Statistical return of the lunatic asylum in Assam - 1912-1932
Year: 1912
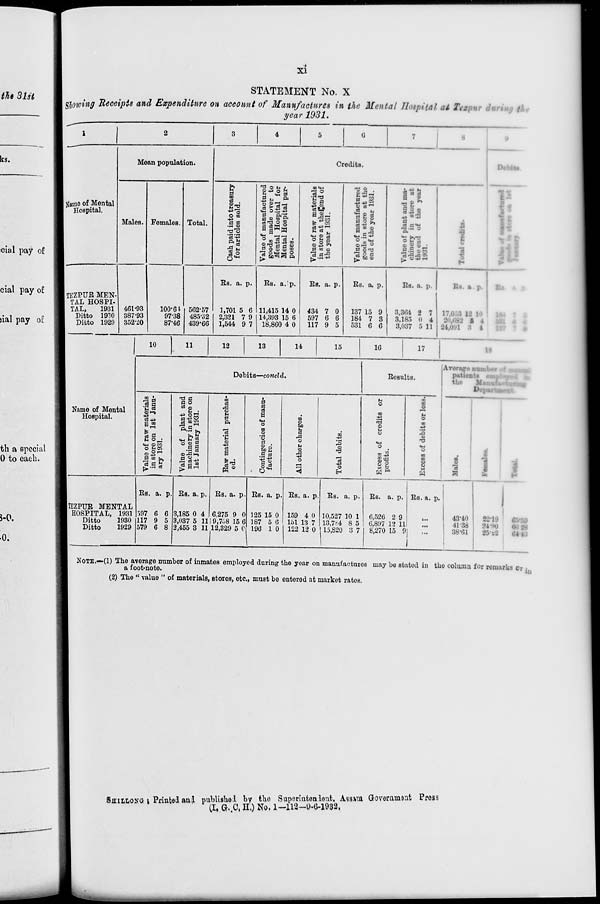
■*
STATEMENT No. X
Showing Receipts and Expenditure on account of Manufactures in the Mental Hospital at Tezpur ih
year 1931.
4
jfftm© of Mental
Hospital.
Mean population.
Males. Females. Total.
Credits.
d
m
a
O 'it
§ o
TEZPUE MEN'
TAL HOSPI-
TAL,
1931
Ditto 1930
Ditto 1929
461-93
387-93
352-20
100-61
97-38
87-46
562-57
485-32
439-66
Bs. a. p.
1,701
2,321
1,544
•t? o a t.
S-u o
" S?"3^
rt <D CO *■*
O _ oj d •
co «H
SO
a© .
n ■ t,
5 5 I
0 CO 05
3 5 5
fl to ©
«w.5 *■
O
m
Sfl °
£ be 8
I 1
So©
« "5
a
— .2*0
o u a
{5 «*"-<
I
!
IV'.u
I!
II
Bs. a.'p.
11,415 14 0
14,898 15 6
18,860 4 0
Es. a. p.
434 7 0
597 6 6
117 9 5
Es. a. p.
137 15 9
184 7 3
531 6 6
Bs. a. p.
8,864 2 7
3,185 0 4
3,037 5 11
Bs. ». p.
17,0
I
I
I
10
11
12
13
14
15
1G
17
1?
Name of Mental
Hospital.
th a special
0 to each.
Debits—cottcld.
Eesults.
Average number of MM
pat:
the
M • ah ■ - .«
•a s
OJt-3
EOT
■Mora
„ OH
OS >,
3 c s
C3 ©
42
ft.2
°ii
■SS-S
I
Pt
u
i
0
c
9
m
«M
CD
O
bo
to
0
i
a
U
0 /.;
14
.s |
•+3
"£ u
O
5 o 3
^
<D
3
o
c
CD
H
if
H
■
CO
0
(-1
0
ID
-fc»
^3
CD
'd
•H
O
CO
CO
CO
CD
CD
S
H
■
W
|
^
I
J-0.
•0.
IIEZPUE MENTAL
HOSPITAL, 1931
Ditto
1930
Ditto
1929
Es. a. p.
597 6 6
117 9 5
579 6 8
Bs. a. p. Bs. a. p.
3,185 0 4 6275 9 0
3,037 5 111 9,7.J8 15 6
2,455 3 11 12,329 5 C
Es. a. p.
125 15 0
187 5 6
196 1 0
Bs. a. p.
159 4 0
151 13 7
122 12 0
Bs. a. p. Es. a. p.
10,527 10 1 6,526 2 9
18,784 8 5 G,8!>7 18 11
15,820 3 7 8,270 15 9
Es. a. p.
I
43*40
41 38
38-61
StS
NOTE.—(1) The average number of inmates employed during the yoar on manufactures may be statod in the column for remarks cr
a foot-note.
(2) The " value " of materials, storos, etc., must be ontorod at market ratos.
SmiLosa Printed 6ttd publishel by the Saperlateuleat,, Au»U Govemnmt Press
1
P (I, G..C, H.) No. 1-112-0-6-1932.